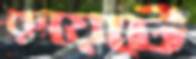
রুয়েটে